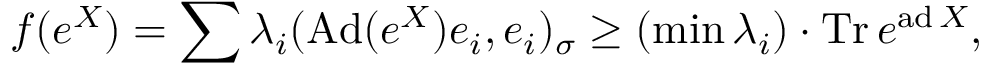
\displaystyle { f ( e ^ { X } ) = \sum \lambda _ { i } ( \mathrm { A d } ( e ^ { X } ) e _ { i } , e _ { i } ) _ { \sigma } \geq ( \operatorname* { m i n } \lambda _ { i } ) \cdot \mathrm { T r } \, e ^ { \mathrm { a d } \, X } , }